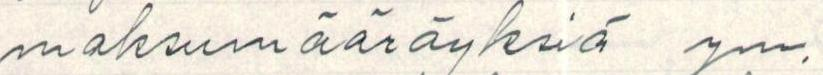
maksumääräyksiä ym.